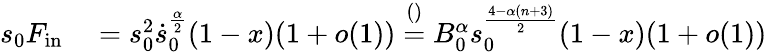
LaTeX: \begin{array}{rlrl}{s_{0}F_{\mathrm{in}}}&{{}\stackrel{}{=}s_{0}^{2}\dot{s}_{0}^{\frac\alpha 2}(1-x)(1+o(1))\stackrel{()}=B_{0}^{\alpha}s_{0}^{\frac{4-\alpha(n+3)}{2}}(1-x)(1+o(1))}\end{array}